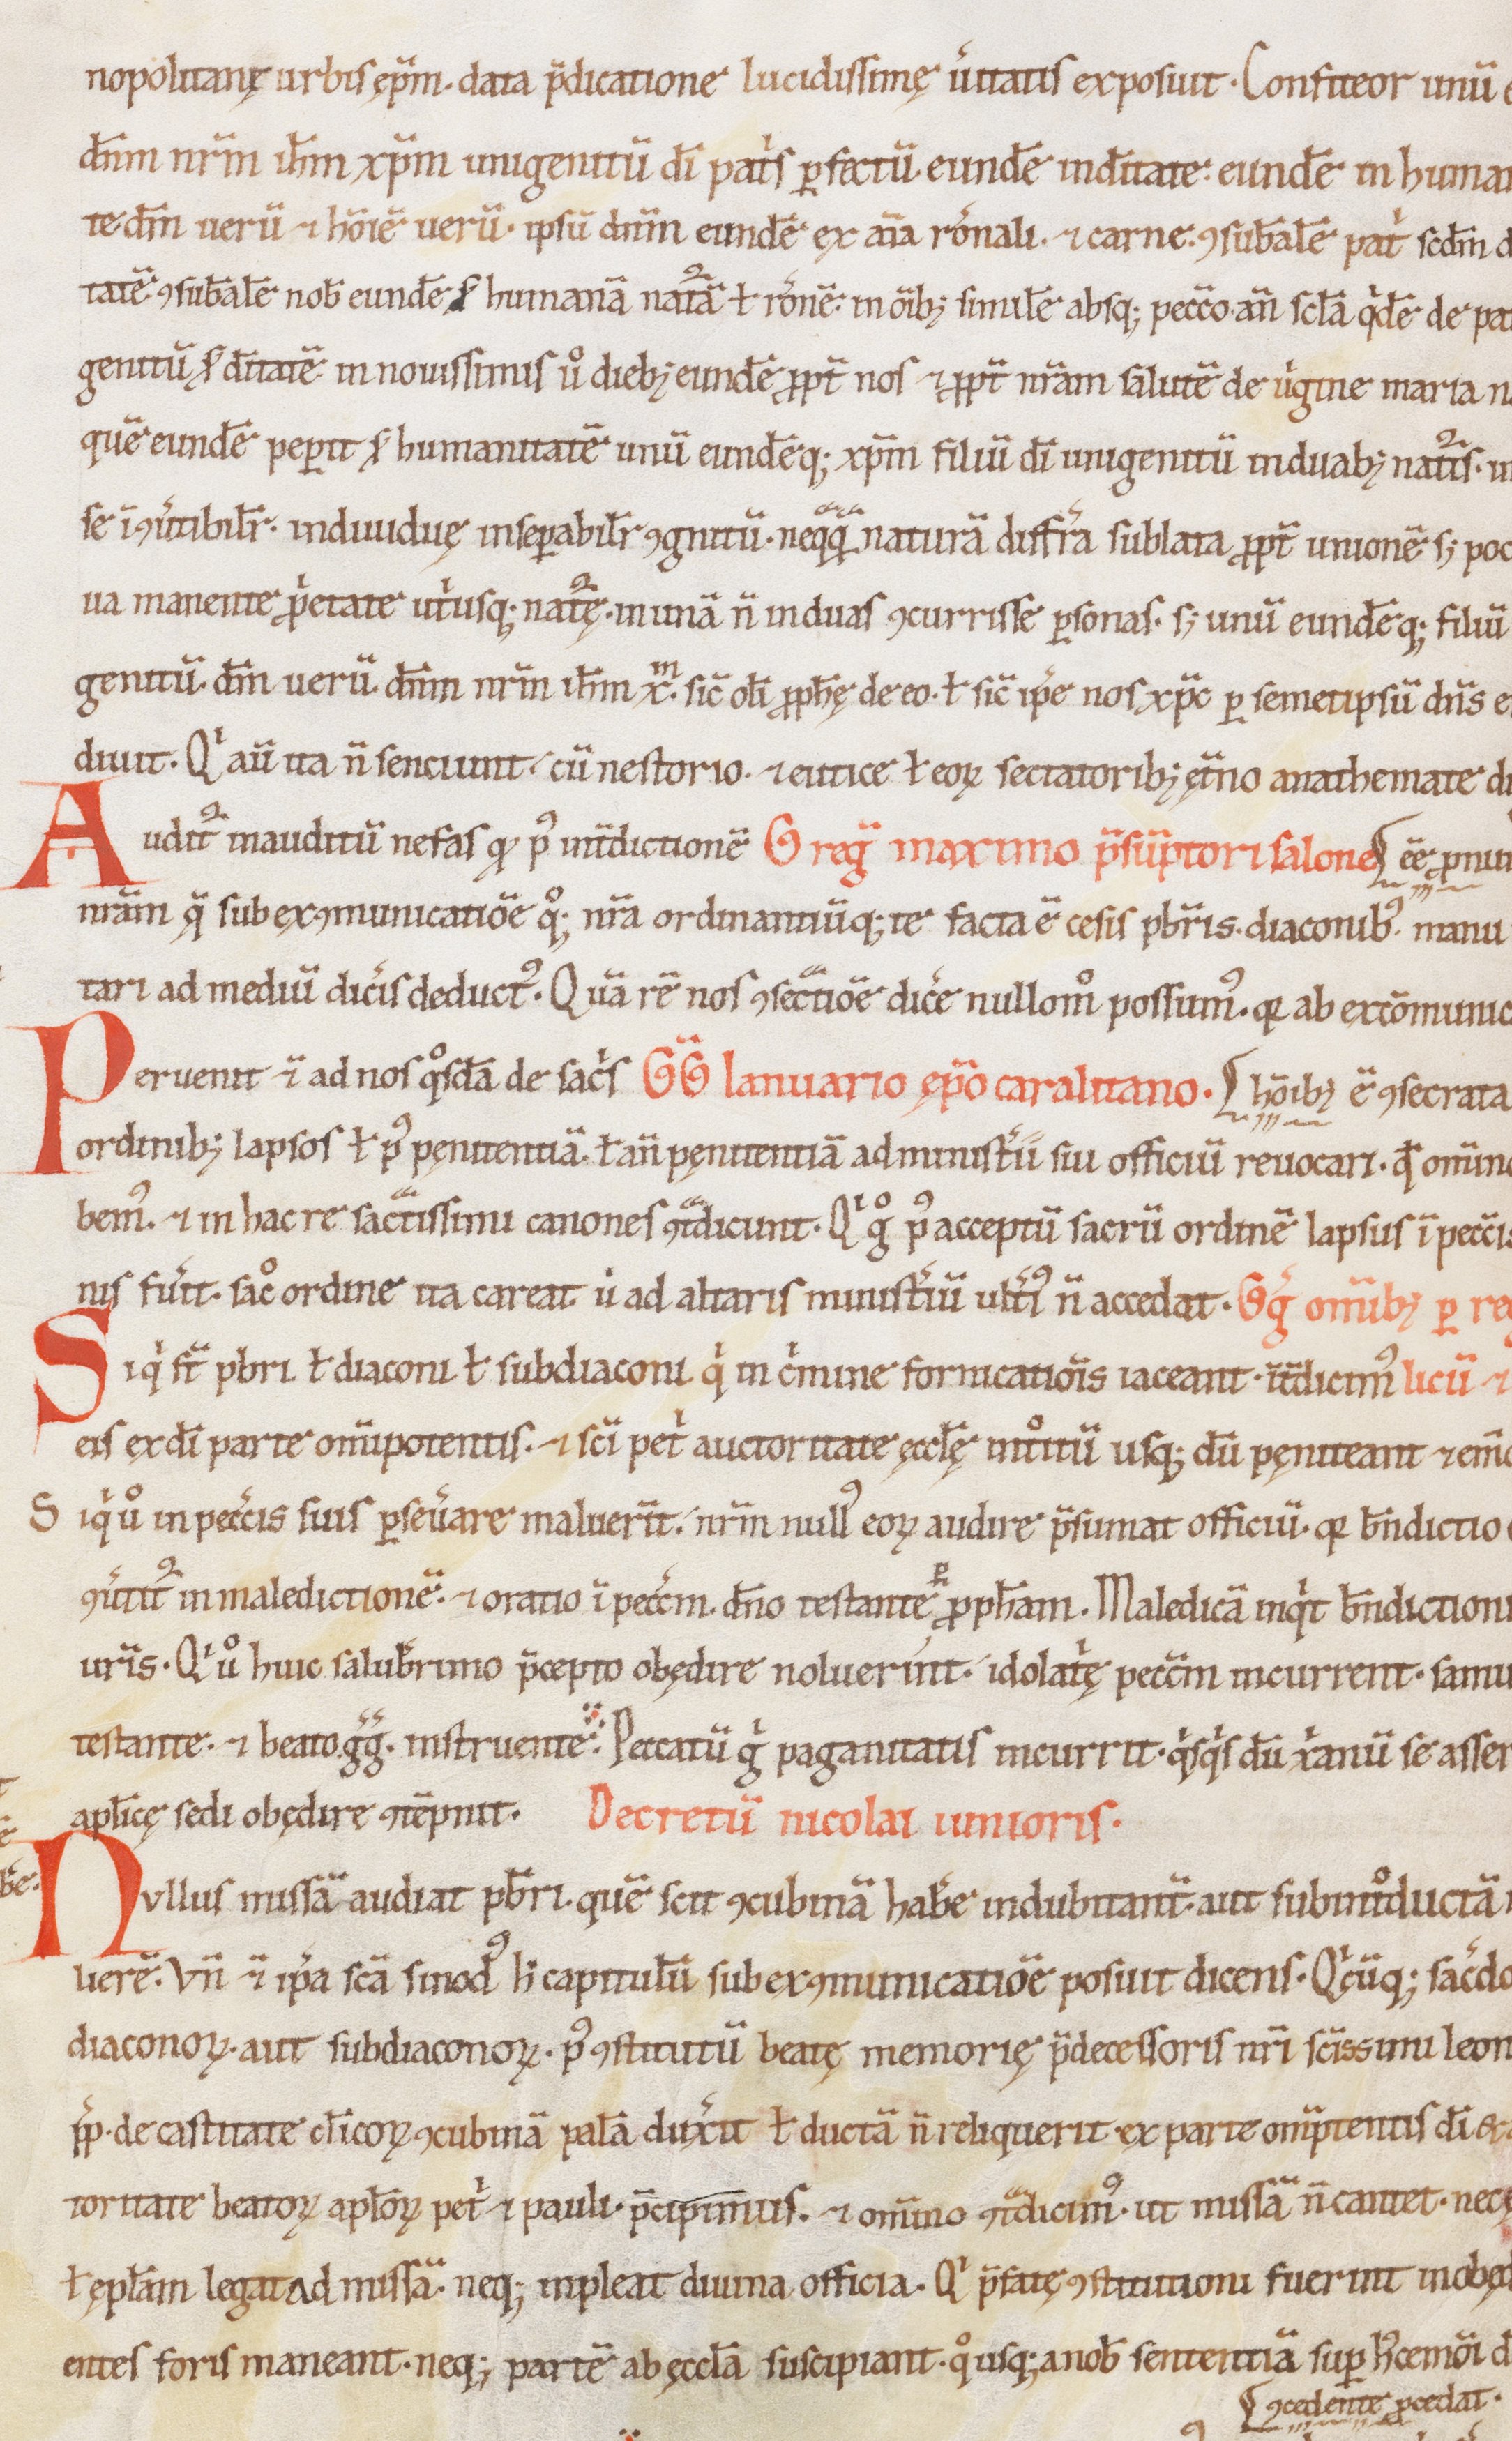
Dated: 1100–1199